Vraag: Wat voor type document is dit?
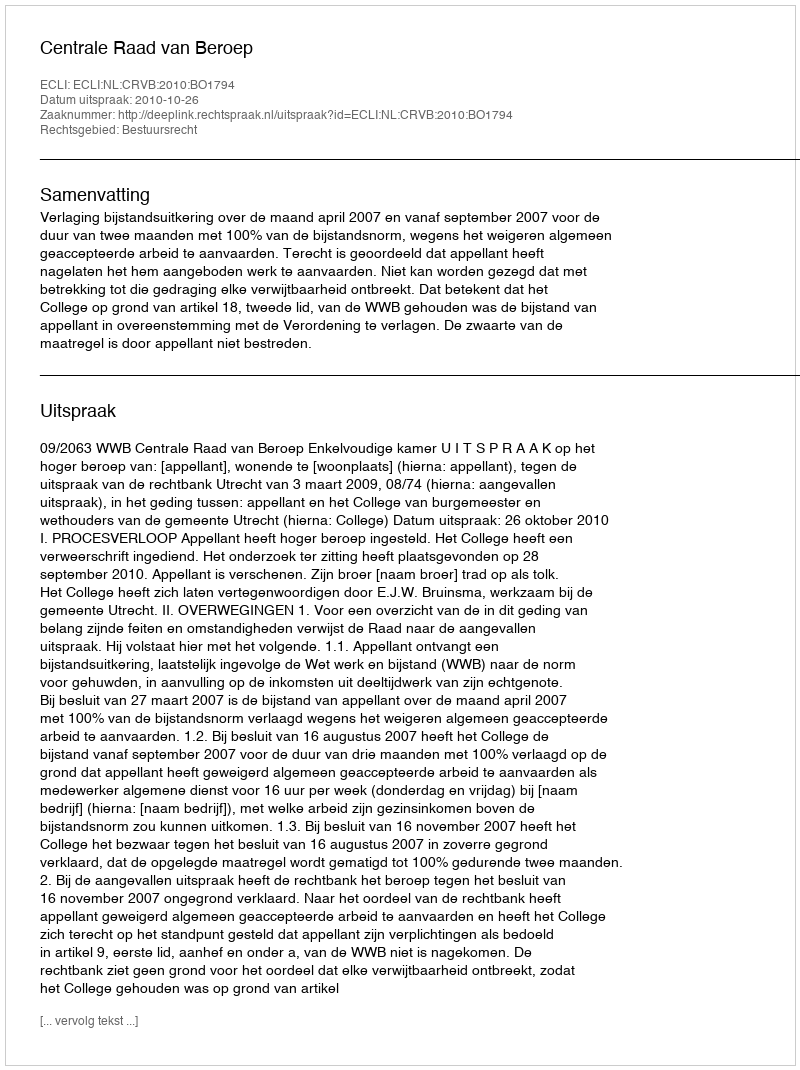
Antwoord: Uitspraak